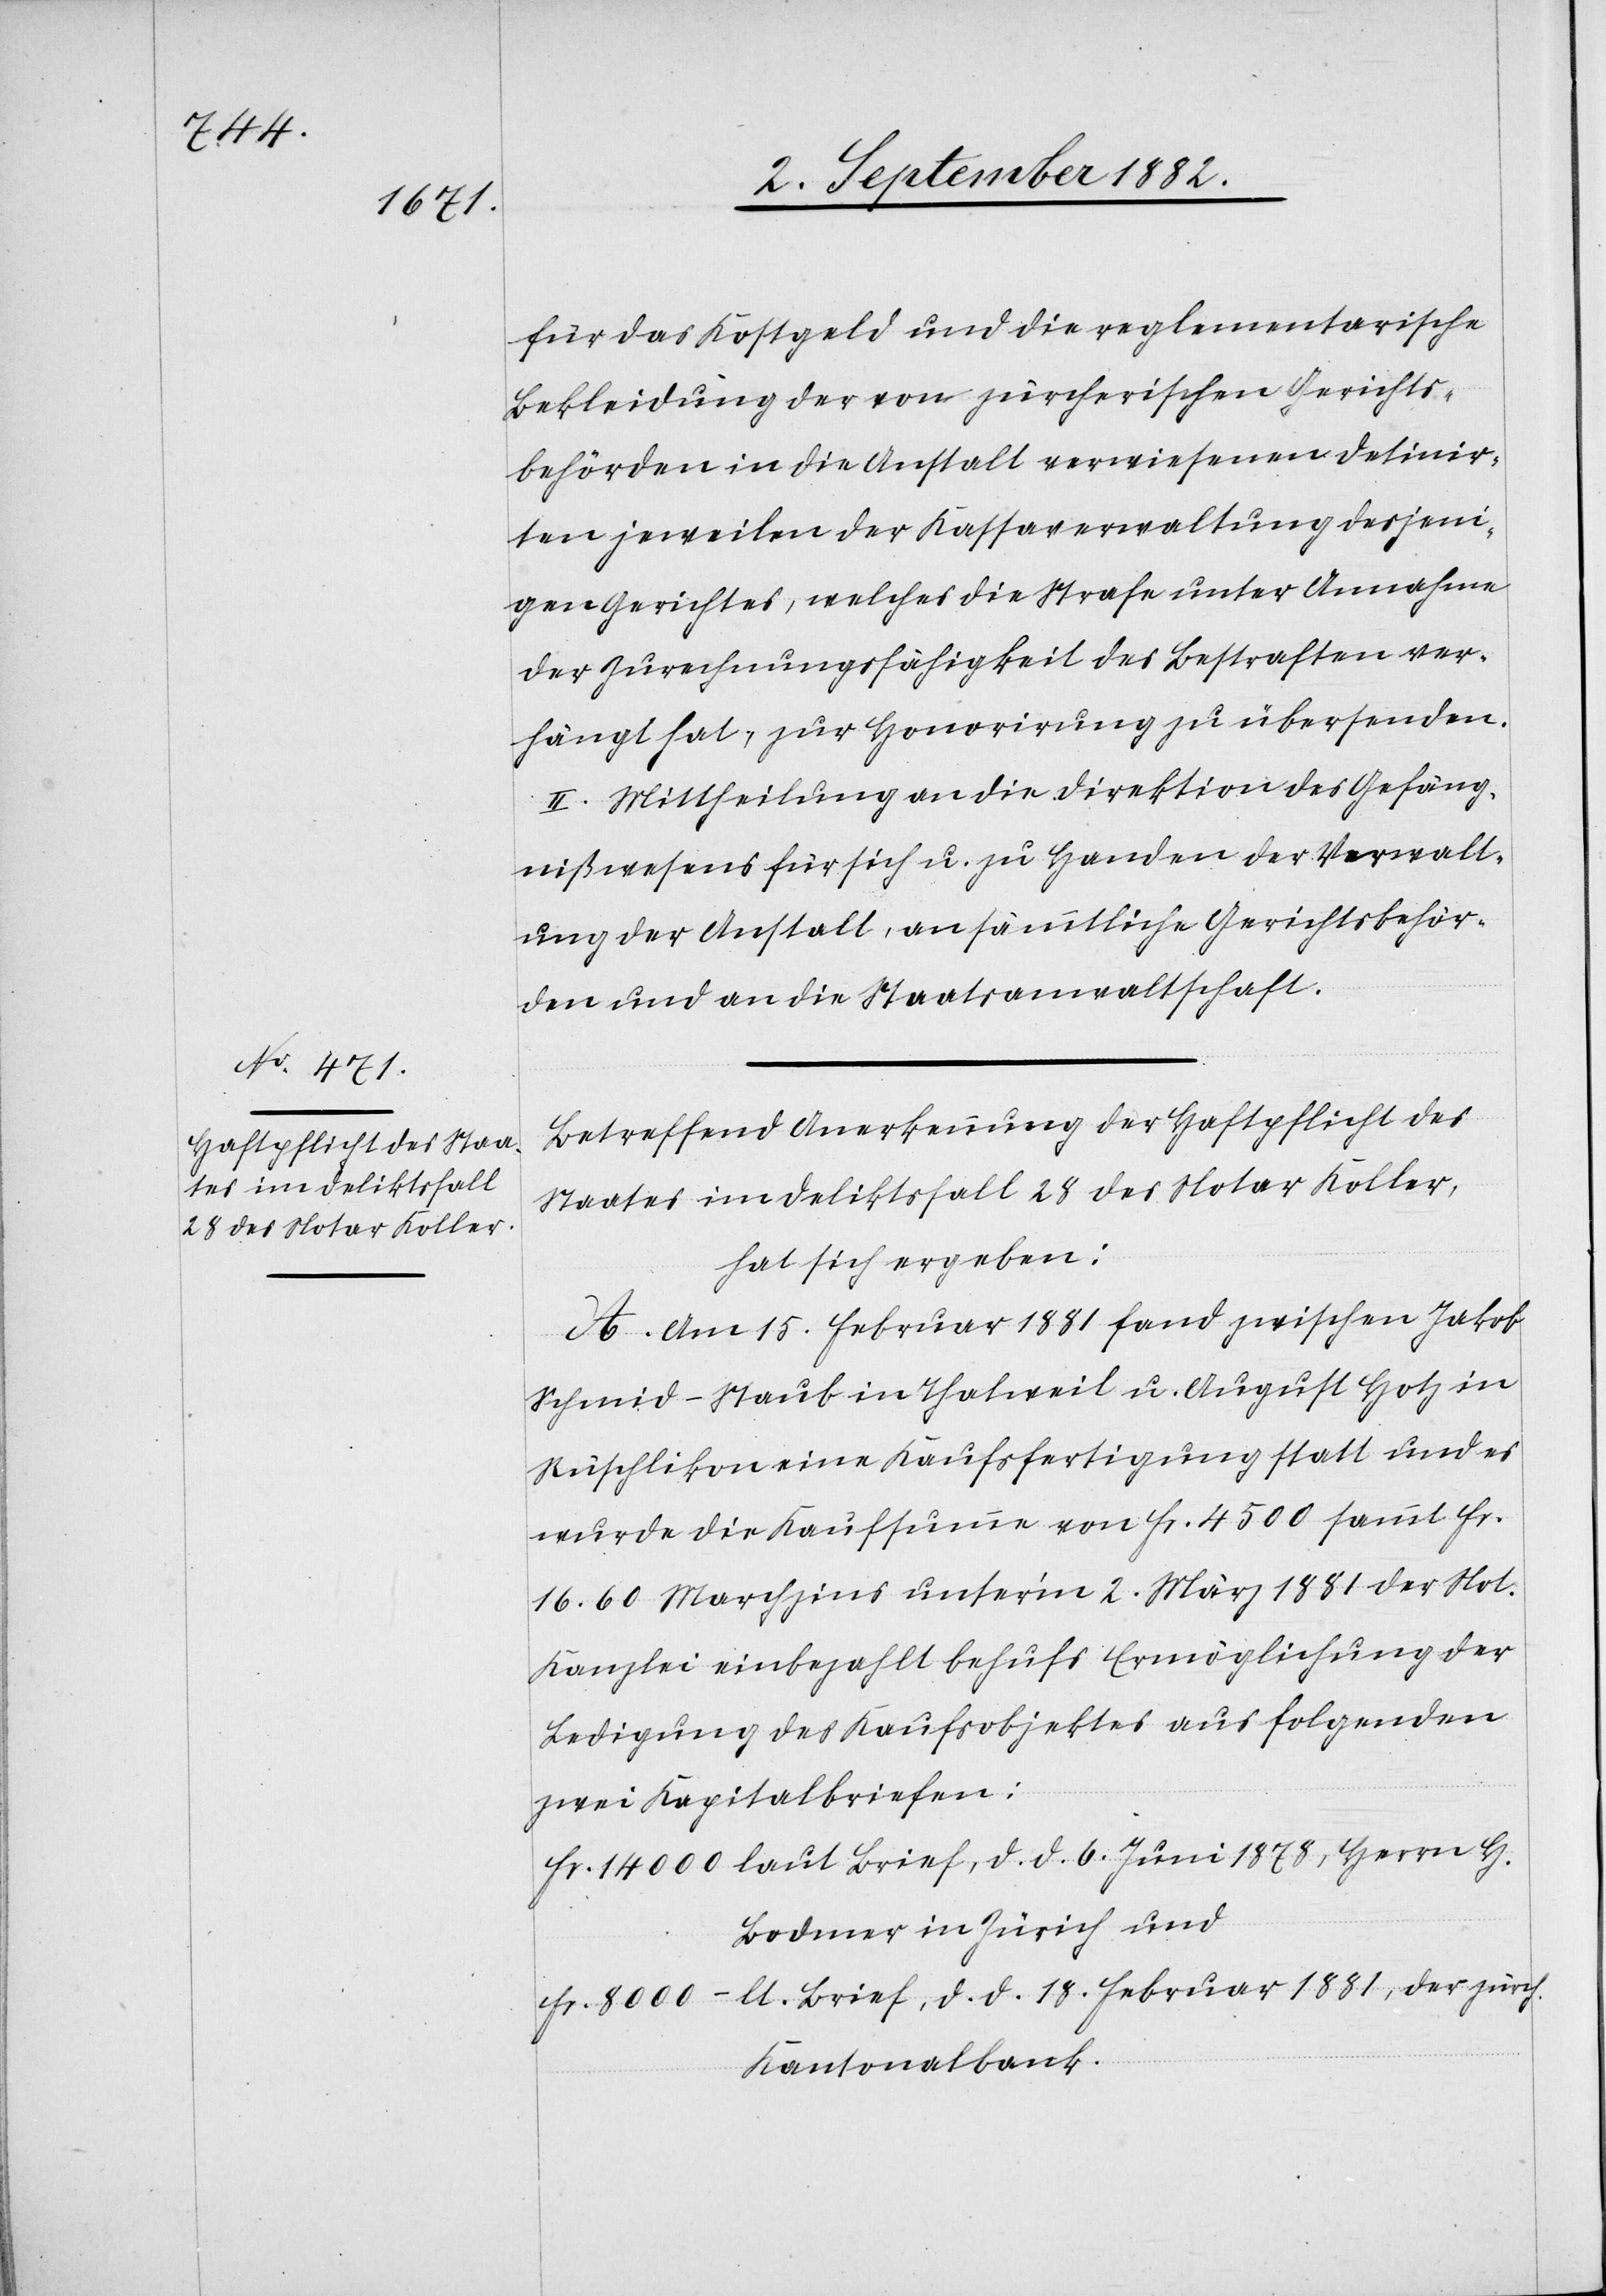
für das Kostgeld und die reglementarische
Bekleidung der von zürcherischen Gerichts¬
behörden in die Anstalt verwiesenen Detinir¬
ten jeweilen der Kassaverwaltung desjeni¬
gen Gerichtes, welches die Strafe unter Annahme
der Zurechnungsfähigkeit des Bestraften ver¬
hängt hat, zur Honorirung zu übersenden.
II. Mittheilung an die Direktion des Gefäg¬
nißwesens für sich u. zu Handen der Verwalt¬
ung der Anstalt, an sämmtliche Gerichtsbehör¬
den und an die Staatsanwaltschaft.
Betreffend Anerkennung der Haftpflicht des
Staates im Deliktsfall 28 des Notar Koller,
hat sich ergeben:
A. Am 15. Februar 1881 fand zwischen Jakob
Schmid-Staub in Thalweil u. August Hotz in
Rüschlikon eine Kaufsfertigung statt und es
wurde die Kaufsumme von Fr. 4500 sammt Fr.
16.60 Marchzins unter’m 2. März 1881 der Not.
Kanzlei einbezahlt behufs Ermöglichung der
Ledigung des Kaufsobjektes aus folgenden
zwei Kapitalbriefen:
Bodmer in Zürich und
lt Brief, d. d. 18. Februar 1881, der zürch.
Kantonalbank.